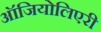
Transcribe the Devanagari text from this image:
ऑजियोलिएरी